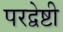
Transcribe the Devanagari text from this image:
परद्वेष्टी